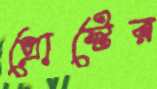
প্রোস্টের